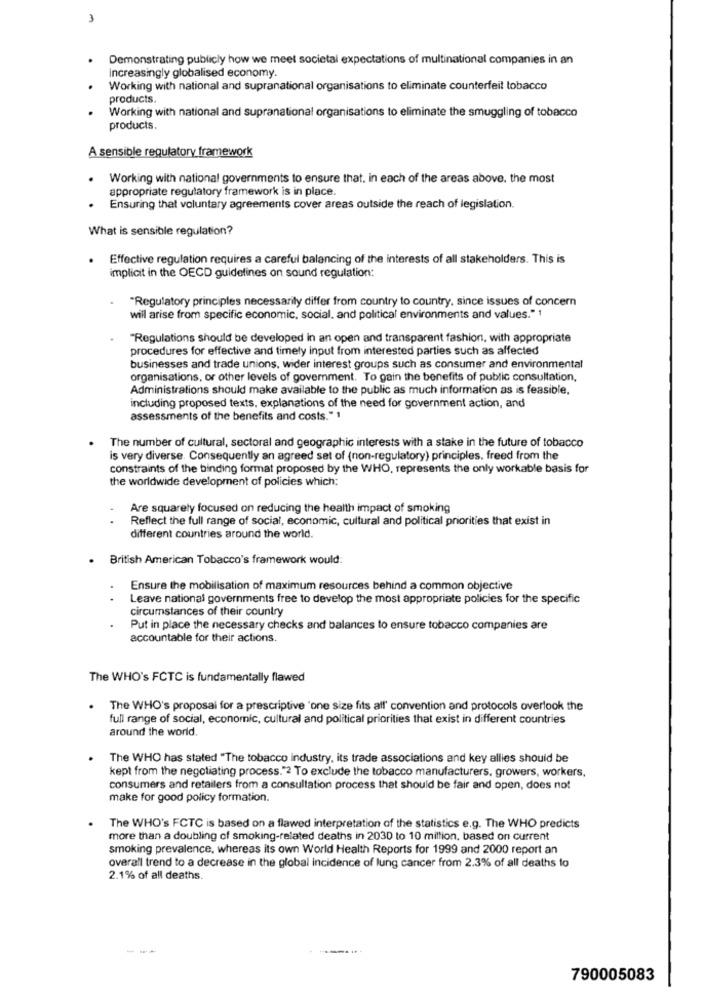
3
Demonstrating publicly how we meet societal expectations of multinational companies in an
increasingly globalised economy.
Working with national and supranational organisations to eliminate counterfeit tobacco
products.
Working with national and supranational organisations to eliminate the smuggling of tobacco
products.
A sensible regulatory framework
Working with national governments to ensure that. in each of the areas above. the most
appropriate regulatory framework is in place.
Ensuring that voluntary agreements cover areas outside the reach of legislation.
What is sensible regulation?
. Effective regulation requires a careful balancing of the interests of all stakeholders. This is
implicit in the OECD guidelines on sound regulation:
"Regulatory principles necessarily differ from country to country, since issues of concern
will arise from specific economic, social, and political environments and values." 1
"Regulations should be developed in an open and transparent fashion, with appropriate
procedures for effective and timely input from interested parties such as affected
businesses and trade unions, wider interest groups such as consumer and environmental
organisations, or other levels of government. To gain the benefits of public consultation,
Administrations should make available to the public as much information as is feasible,
including proposed texts, explanations of the need for government action, and
assessments of the benefits and costs."1
The number of cultural, sectoral and geographic interests with a stake in the future of tobacco
is very diverse. Consequently an agreed set of (non-regulatory) principles, freed from the
constraints of the binding format proposed by the WHO, represents the only workable basis for
the worldwide development of policies which:
Are squarely focused on reducing the health impact of smoking
Reflect the full range of social, economic, cultural and political priorities that exist in
different countries around the world.
British American Tobacco's framework would:
Ensure the mobilisation of maximum resources behind a common objective
Leave national governments free to develop the most appropriate policies for the specific
circumstances of their country
Put in place the necessary checks and balances to ensure tobacco companies are
accountable for their actions.
The WHO's FCTC is fundamentally flawed
The WHO's proposal for a prescriptive 'one size fits all' convention and protocols overlook the
full range of social, economic, cultural and political priorities that exist in different countries
around the world.
The WHO has stated "The tobacco Industry, its trade associations and key allies should be
kept from the negotiating process."2 To exclude the tobacco manufacturers, growers, workers,
consumers and retailers from a consultation process that should be fair and open, does not
make for good policy formation.
The WHO's FCTC is based on a flawed interpretation of the statistics e.g. The WHO predicts
more than a doubling of smoking-related deaths in 2030 to 10 million, based on current
smoking prevalence, whereas its own World Health Reports for 1999 and 2000 report an
overall trend to a decrease in the global incidence of lung cancer from 2.3% of all deaths to
2.1% of all deaths.
790005083